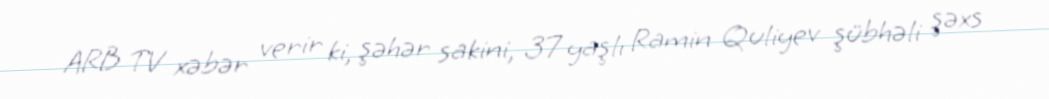
ARB TV xəbər verir ki, şəhər sakini, 37 yaşlı Ramin Quliyev şübhəli şəxs